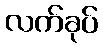
လက်ခုပ်